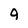
Character: 9